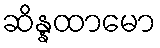
ဆိန္နထာမော